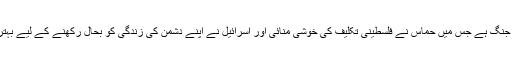
یہ ایک متجسس جنگ ہے جس میں حماس نے فلسطینی تکلیف کی خوشی منائی اور اسرائیل نے اپنے دشمن کی زندگی کو بحال رکھنے کے لیے بہترین کوشش کی ۔